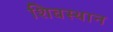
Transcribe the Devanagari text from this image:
शिवस्थान